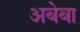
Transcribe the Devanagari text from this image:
अबेबा